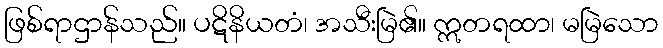
ဖြစ်ရာဌာန်သည်။ ပဋိနိယတံ၊ အသီးမြဲ၏။ ဣတရထာ၊ မမြဲသော